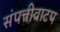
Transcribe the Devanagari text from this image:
संपत्तीवाटप